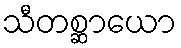
သီတစ္ဆာယော